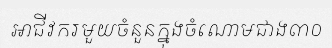
អាជីវករមួយចំនួនក្នុងចំណោមជាង៣០